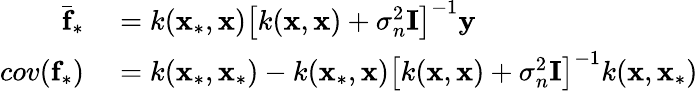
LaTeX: \begin{array}{rl}{\bar{\textbf{f}}_{*}}&{{}=k(\textbf{x}_{*},\textbf{x})\left[k(\textbf{x},\textbf{x})+\sigma_{n}^{2}\textbf{I}\right]^{-1}\textbf{y}}\\ {cov(\textbf{f}_{*})}&{{}=k(\textbf{x}_{*},\textbf{x}_{*})-k(\textbf{x}_{*},\textbf{x})\left[k(\textbf{x},\textbf{x})+\sigma_{n}^{2}\textbf{I}\right]^{-1}k(\textbf{x},\textbf{x}_{*})}\end{array}